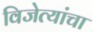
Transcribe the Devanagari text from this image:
विजेत्यांचा